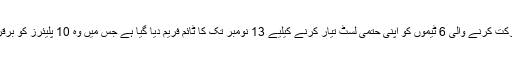
پی ایس ایل میں شرکت کرنے والی 6 ٹیموں کو اپنی حتمی لسٹ تیار کرنے کیلیے 13 نومبر تک کا ٹائم فریم دیا گیا ہے جس میں وہ 10 پلیئرز کو برقرار رکھ سکیں گی۔